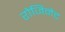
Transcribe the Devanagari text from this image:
रोजिनेट